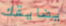
يضايقك